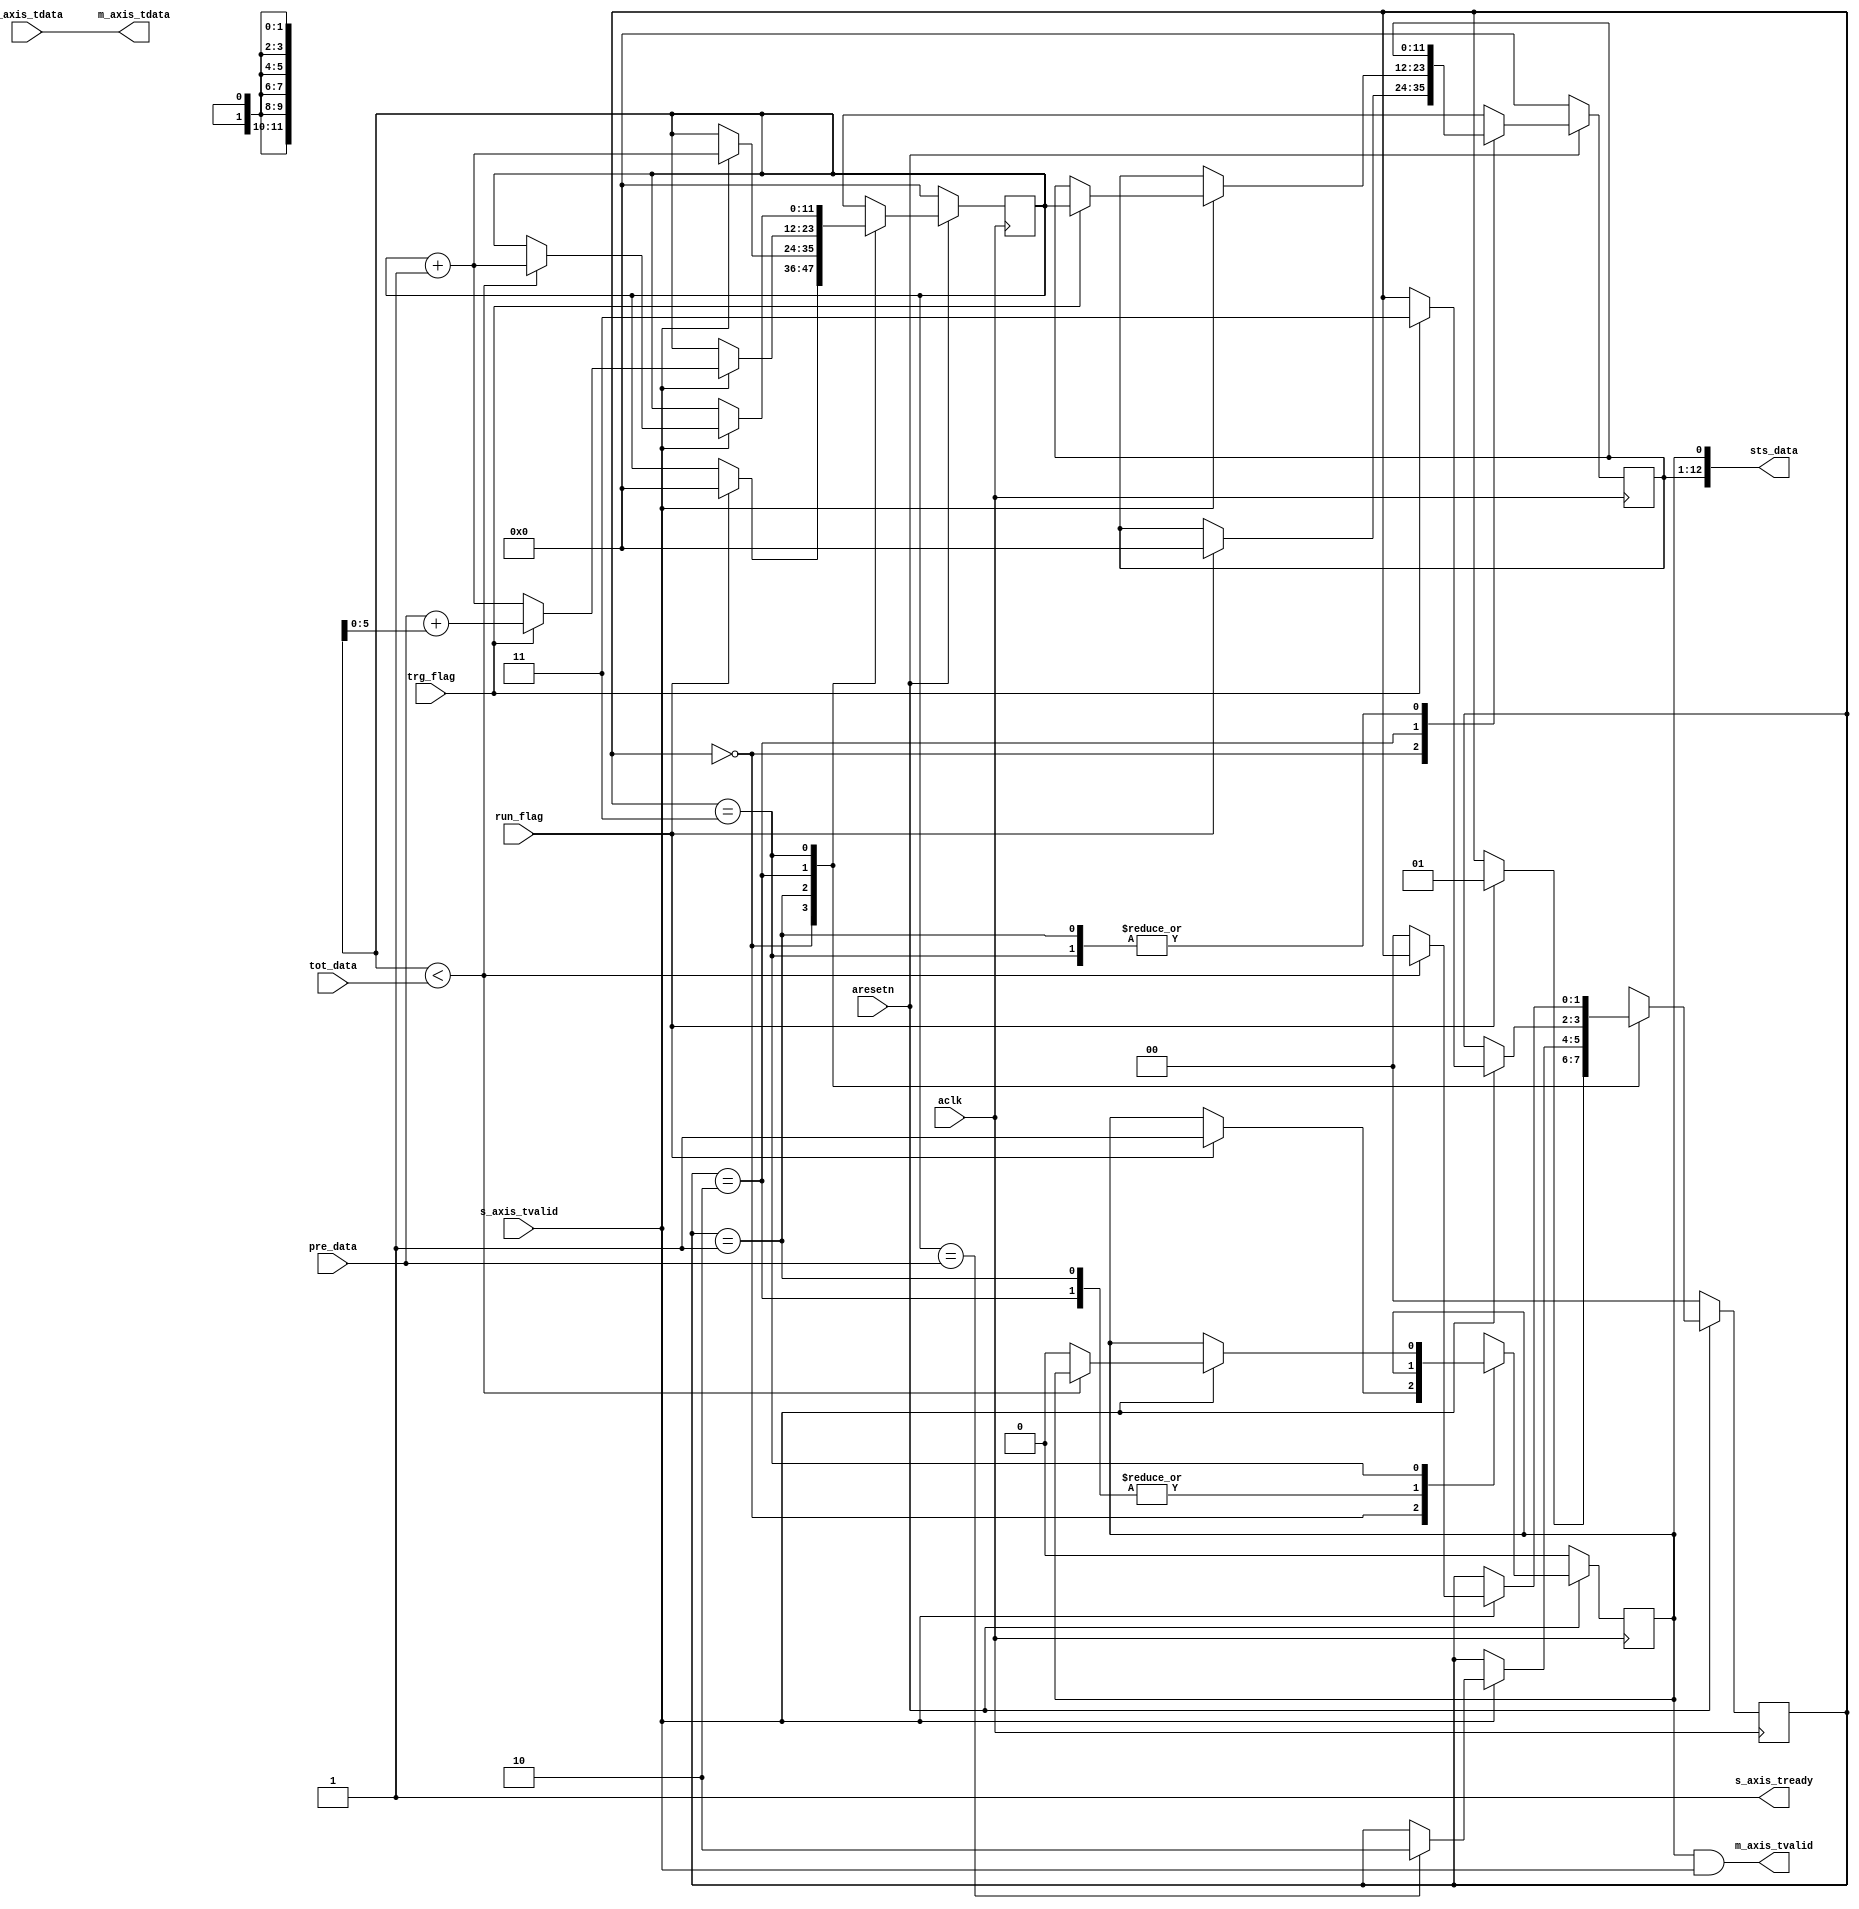
module axis_oscilloscope #
(
  parameter integer AXIS_TDATA_WIDTH = 32,
  parameter integer CNTR_WIDTH = 12
)
(
  // System signals
  input  wire                        aclk,
  input  wire                        aresetn,

  input  wire                        run_flag,
  input  wire                        trg_flag,

  input  wire [CNTR_WIDTH-1:0]       pre_data,
  input  wire [CNTR_WIDTH-1:0]       tot_data,

  output wire [CNTR_WIDTH:0]         sts_data,

  // Slave side
  output wire                        s_axis_tready,
  input  wire [AXIS_TDATA_WIDTH-1:0] s_axis_tdata,
  input  wire                        s_axis_tvalid,

  // Master side
  output wire [AXIS_TDATA_WIDTH-1:0] m_axis_tdata,
  output wire                        m_axis_tvalid
);

  reg [CNTR_WIDTH-1:0] int_addr_reg, int_addr_next;
  reg [CNTR_WIDTH-1:0] int_cntr_reg, int_cntr_next;
  reg [1:0] int_case_reg, int_case_next;
  reg int_enbl_reg, int_enbl_next;

  always @(posedge aclk)
  begin
    if(~aresetn)
    begin
      int_addr_reg <= {(CNTR_WIDTH){1'b0}};
      int_cntr_reg <= {(CNTR_WIDTH){1'b0}};
      int_case_reg <= 2'd0;
      int_enbl_reg <= 1'b0;
    end
    else
    begin
      int_addr_reg <= int_addr_next;
      int_cntr_reg <= int_cntr_next;
      int_case_reg <= int_case_next;
      int_enbl_reg <= int_enbl_next;
    end
  end

  always @*
  begin
    int_addr_next = int_addr_reg;
    int_cntr_next = int_cntr_reg;
    int_case_next = int_case_reg;
    int_enbl_next = int_enbl_reg;

    case(int_case_reg)
      // idle
      0:
      begin
        if(run_flag)
        begin
          int_addr_next = {(CNTR_WIDTH){1'b0}};
          int_cntr_next = {(CNTR_WIDTH){1'b0}};
          int_case_next = 2'd1;
          int_enbl_next = 1'b1;
        end
      end

      // pre-trigger recording
      1:
      begin
        if(s_axis_tvalid)
        begin
          int_cntr_next = int_cntr_reg + 1'b1;
          if(int_cntr_reg == pre_data)
          begin
            int_case_next = 2'd2;
          end
        end
      end

      // pre-trigger recording
      2:
      begin
        if(s_axis_tvalid)
        begin
          int_cntr_next = int_cntr_reg + 1'b1;
          if(trg_flag)
          begin
            int_addr_next = int_cntr_reg;
            int_cntr_next = pre_data + int_cntr_reg[5:0];
            int_case_next = 2'd3;
          end
        end
      end

      // post-trigger recording
      3:
      begin
        if(s_axis_tvalid)
        begin
          if(int_cntr_reg < tot_data)
          begin
            int_cntr_next = int_cntr_reg + 1'b1;
          end
          else
          begin
            int_case_next = 2'd0;
            int_enbl_next = 1'b0;
          end
        end
      end
    endcase
  end

  assign sts_data = {int_addr_reg, int_enbl_reg};

  assign s_axis_tready = 1'b1;
  assign m_axis_tdata = s_axis_tdata;
  assign m_axis_tvalid = int_enbl_reg & s_axis_tvalid;

endmodule